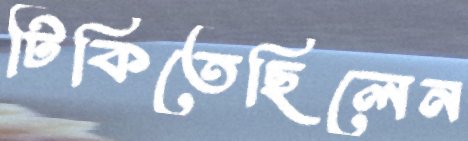
টিকিতেছিলেন